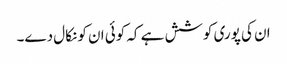
ان کی پوری کوشش ہے کہ کوئی ان کو نکال دے۔